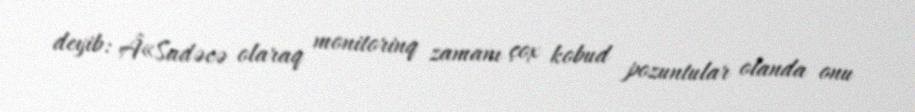
deyib: Â«Sadəcə olaraq monitorinq zamanı çox kobud pozuntular olanda onu